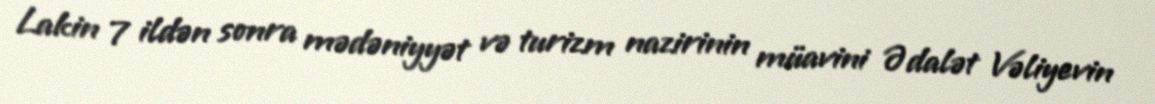
Lakin 7 ildən sonra mədəniyyət və turizm nazirinin müavini Ədalət Vəliyevin